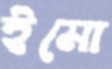
ইমো